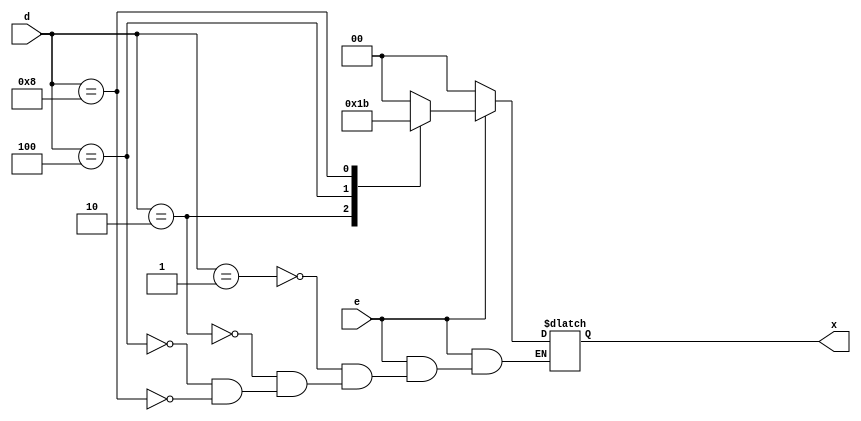
module Encoder_4to2bit(input e, input[3:0] d, output[1:0] x);
	reg x;
	always@(e,d)
		if(e)
			case(d)
				4'b0001: x=0;
				4'b0010: x=1;
				4'b0100: x=2;
				4'b1000: x=3;
			endcase
		else
			x=0;
endmodule